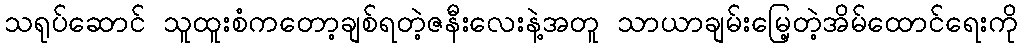
သရုပ်ဆောင် သူထူးစံကတော့ချစ်ရတဲ့ဇနီးလေးနဲ့အတူ သာယာချမ်းမြေ့တဲ့အိမ်ထောင်ရေးကို